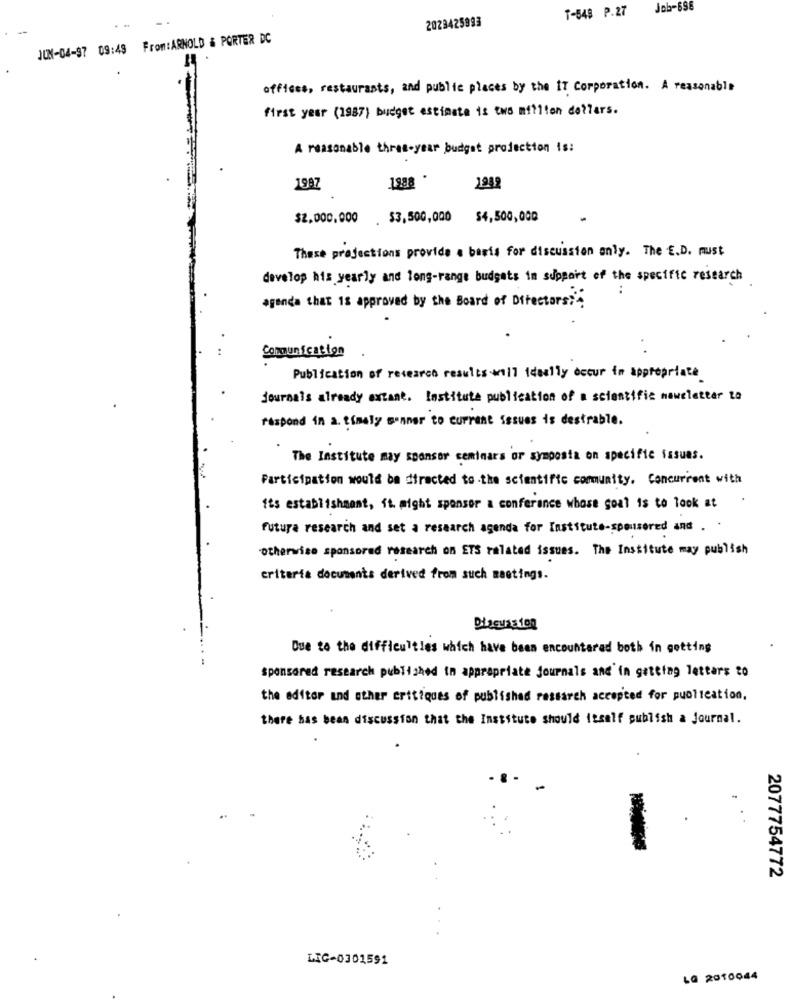
T-548 P.27
Job-698
2023425993
JUN-04-97 09:48 From:ARNOLD & PORTER DC
offices, restaurants, and public places by the IT Corporation. A reasonable
first year (1987) budget estimate is two million dollars.
A reasonable three-year budget projection is:
1997
$2.000.000 . $3,500,000 $4,500,000
These projections provide a basis for discussion anly. The E.D. must
develop his yearly and long-range budgets in support of the specific research
agenda that 18 approved by the Board of Directors?'
Communication
Publication of research results will ideally occur im appropriate
journals already extant. Institute publication of a scientific newsletter to
respond in a timely manner to current issues is desirable.
The Institute may sponsor seminars or symposia on specific issues.
Participation would be directed tothe scientific community. Concurrent with
its establishment, it. might sponsor a conferance whose goal is to look at
future research and set a research agenda for Institute-sponsored and ..
otherwise sponsored research on ETS related issues. The Institute may publish
criteria documents derived from such meetings.
Direwaston
Due to the difficulties which have been encountered both in getting
sponsored research published in appropriate journals and'in getting letters to
the editor and other critiques of publishad ressarch accepted for publication,
there bas bean discussion that the Institute should itself publish a Journal.
2077754772
LIG-0301591
L@ 2010044